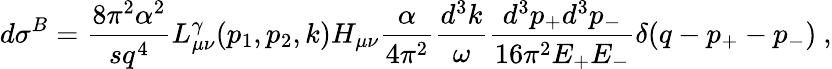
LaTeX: d\sigma^{B}=\frac{8\pi^{2}\alpha^{2}}{sq^{4}}L_{\mu\nu}^{\gamma}(p_{1},p_{2},k)H_{\mu\nu}\frac{\alpha}{4\pi^{2}}\frac{d^{3}k}{\omega}\frac{d^{3}p_{+}d^{3}p_{-}}{16\pi^{2}E_{+}E_{-}}\delta(q-p_{+}-p_{-})\ ,